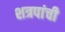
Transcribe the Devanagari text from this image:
शत्रपांची